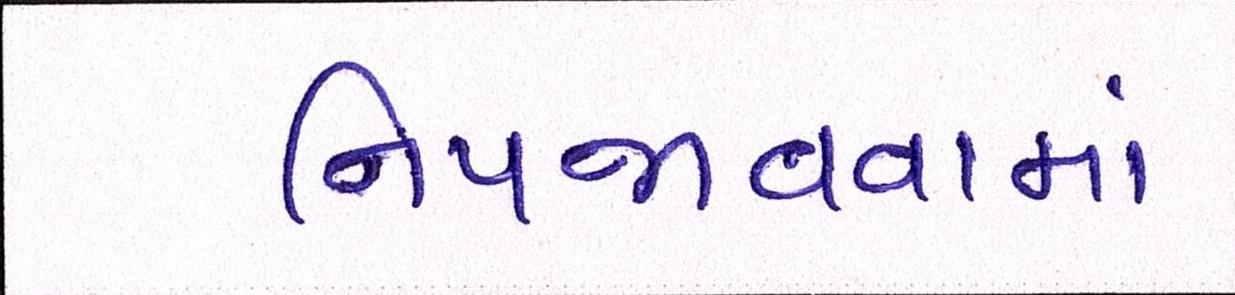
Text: નિપજાવવામાં